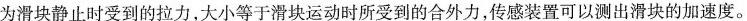
为滑块静止时受到的拉力，大小等于滑块运动时所受到的合外力，传感装置可以测出滑块的加速度。